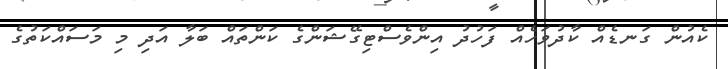
ކެއުން ގަނޑެއް ކާދުވަހެއް ފަހުދު އިންވެސްޓިގޭޝަންގެ ކަންތައް ބަލާ އަދި މި މަސައްކަތުގެ